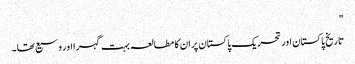
"
تاریخ پاکستان اور تحریک پاکستان پر ان کا مطالعہ بہت گہرا اور وسیع تھا۔